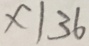
x \vert 3 6